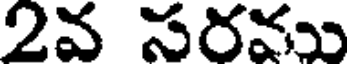
2వ సరము